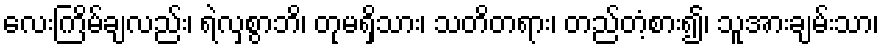
လေးကြိမ်ချလည်း၊ ရဲလှစွာဘိ၊ တုမရှိသား၊ သတိတရား၊ တည်တံ့စား၍၊ သူအားချမ်းသာ၊